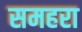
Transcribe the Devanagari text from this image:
समहरा